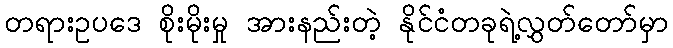
တရားဥပဒေ စိုးမိုးမှု အားနည်းတဲ့ နိုင်ငံတခုရဲ့လွှတ်တော်မှာ